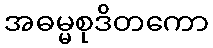
အဓမ္မစုဒိတကော